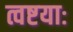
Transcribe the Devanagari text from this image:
त्वष्टयाः